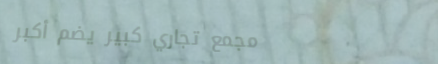
مجمع تجاري كبير يضم أكبر